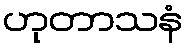
ဟုတာသနံ